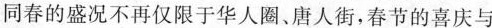
同春的盛况不再仅限于华人圈、唐人街，春节的喜庆与